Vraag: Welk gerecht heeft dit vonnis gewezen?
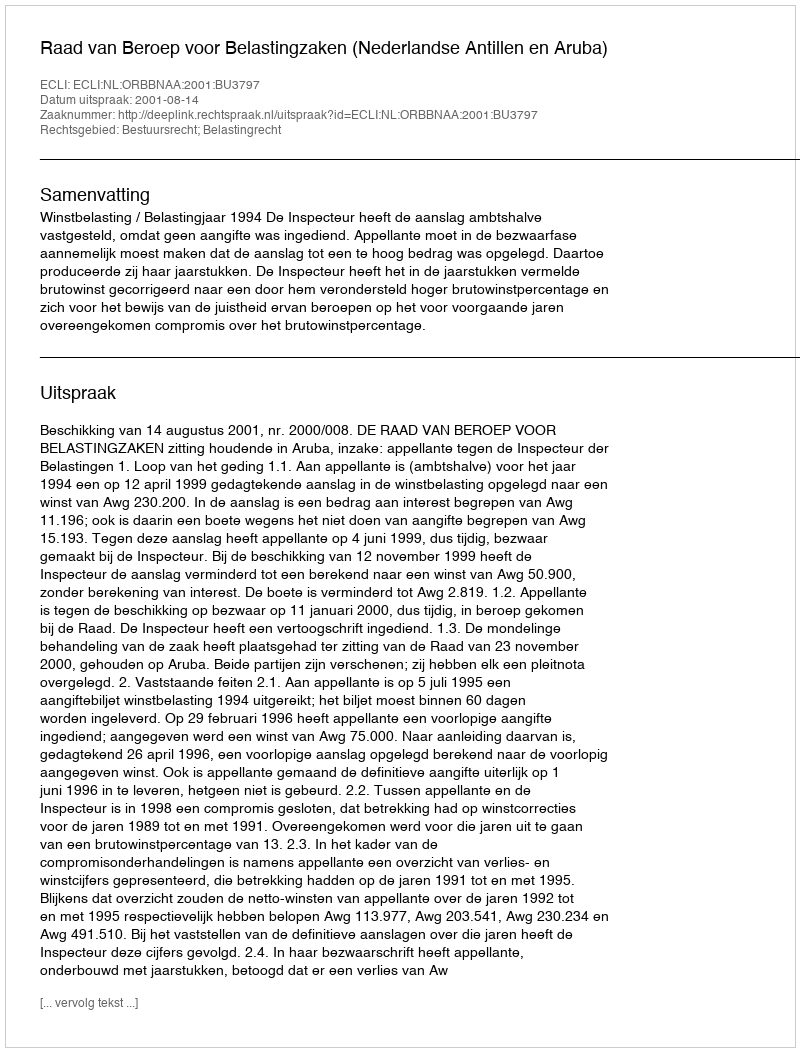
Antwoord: Raad van Beroep voor Belastingzaken (Nederlandse Antillen en Aruba)